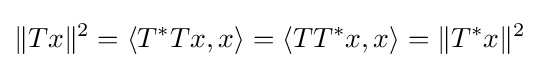
\|Tx\|^{2}=\langle T^{\ast }Tx,x\rangle =\langle TT^{*}x,x\rangle =\|T^{\ast }x\|^{2}